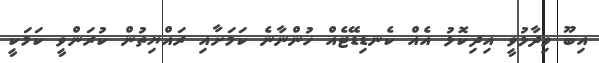
އިބޫ ވިދާޅުވީ އިދިކޮޅު އެއް ކެނޑިޑޭޓެއް ހުންނާނެ ކަމަށާއި ރައްޔިތުން ކުރަންވީ ކަމަކީ